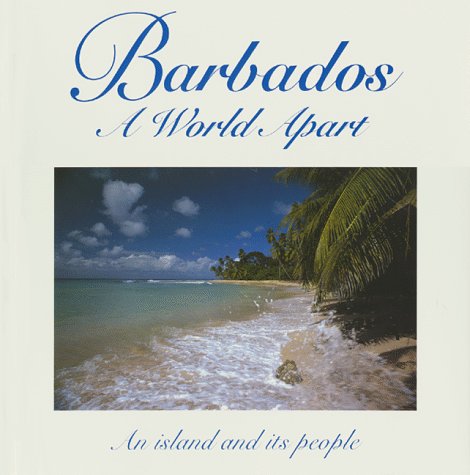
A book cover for Barbados a World Apart; Roger A. Labrucherie; Travel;